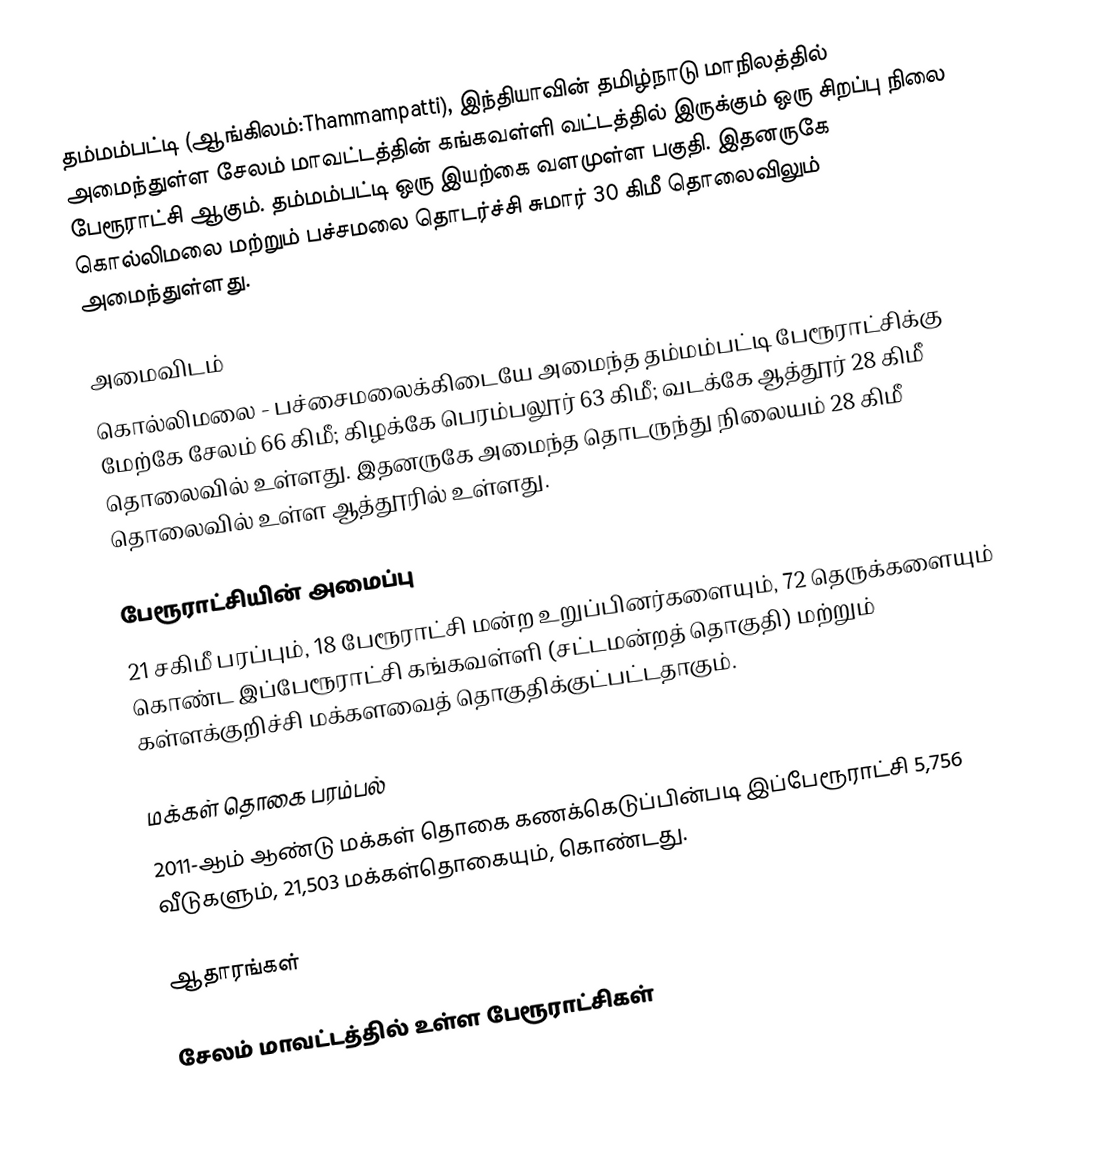
தம்மம்பட்டி (ஆங்கிலம்:Thammampatti), இந்தியாவின் தமிழ்நாடு மாநிலத்தில் அமைந்துள்ள சேலம் மாவட்டத்தின் கங்கவள்ளி வட்டத்தில் இருக்கும் ஒரு சிறப்பு நிலை பேரூராட்சி ஆகும். தம்மம்பட்டி ஒரு இயற்கை வளமுள்ள பகுதி. இதனருகே கொல்லிமலை மற்றும் பச்சமலை தொடர்ச்சி சுமார் 30 கிமீ தொலைவிலும் அமைந்துள்ளது.

அமைவிடம்
கொல்லிமலை - பச்சைமலைக்கிடையே அமைந்த தம்மம்பட்டி பேரூராட்சிக்கு  மேற்கே  சேலம் 66 கிமீ; கிழக்கே பெரம்பலூர் 63 கிமீ; வடக்கே ஆத்தூர் 28 கிமீ தொலைவில் உள்ளது.  இதனருகே அமைந்த தொடருந்து நிலையம் 28 கிமீ தொலைவில் உள்ள  ஆத்தூரில் உள்ளது.

பேரூராட்சியின் அமைப்பு
21 சகிமீ பரப்பும்,  18  பேரூராட்சி மன்ற உறுப்பினர்களையும், 72 தெருக்களையும்  கொண்ட இப்பேரூராட்சி கங்கவள்ளி (சட்டமன்றத் தொகுதி) மற்றும் கள்ளக்குறிச்சி மக்களவைத் தொகுதிக்குட்பட்டதாகும்.

மக்கள் தொகை பரம்பல்
2011-ஆம் ஆண்டு மக்கள் தொகை கணக்கெடுப்பின்படி  இப்பேரூராட்சி 5,756 வீடுகளும், 21,503 மக்கள்தொகையும், கொண்டது.

ஆதாரங்கள்

சேலம் மாவட்டத்தில் உள்ள பேரூராட்சிகள்